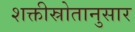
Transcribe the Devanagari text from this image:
शक्तीस्रोतानुसार